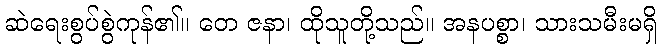
ဆဲရေးစွပ်စွဲကုန်၏။ တေ ဇနာ၊ ထိုသူတို့သည်။ အနပစ္စာ၊ သားသမီးမရှိ